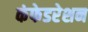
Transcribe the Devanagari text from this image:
कंफेडरेशन